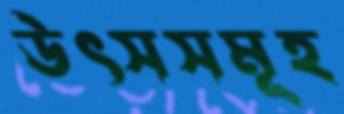
উৎসসমূহ